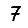
Digit: 7